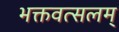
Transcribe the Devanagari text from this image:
भक्तवत्सलम्